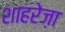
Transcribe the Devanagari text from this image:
शाहरेज़ा